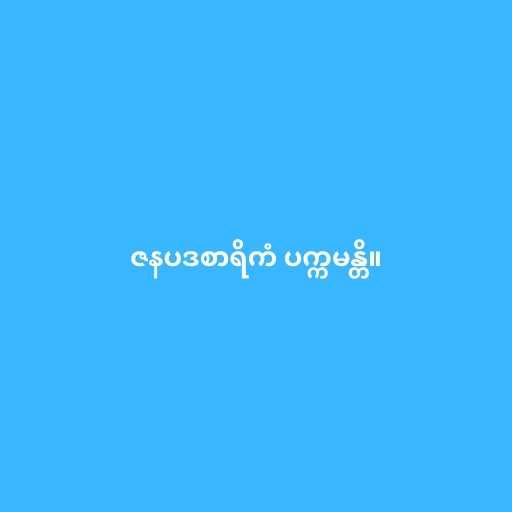
ဇနပဒစာရိကံ ပက္ကမန္တိ။